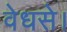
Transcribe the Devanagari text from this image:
वेधसे।